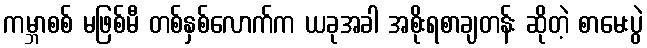
ကမ္ဘာစစ် မဖြစ်မီ တစ်နှစ်လောက်က ယခုအခါ အစိုးရစာချတန်း ဆိုတဲ့ စာမေးပွဲ